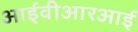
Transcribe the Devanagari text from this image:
आईवीआरआई